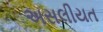
અસલીયત